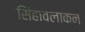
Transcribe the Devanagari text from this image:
सिंहावलाकन